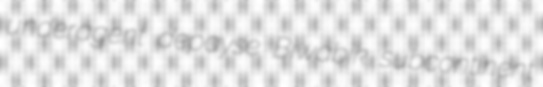
underagent depayse Biwabik subcontinent